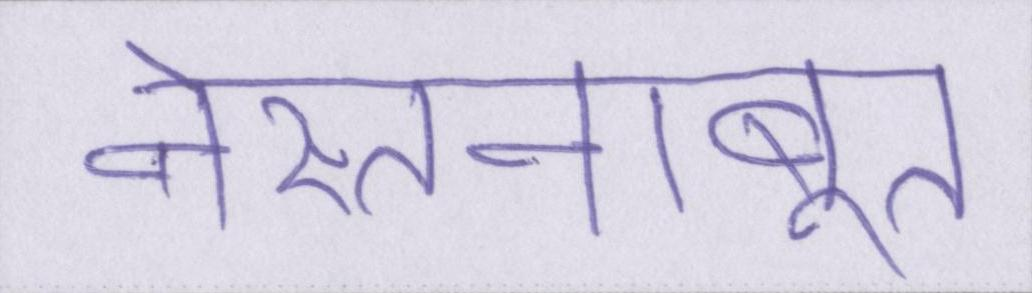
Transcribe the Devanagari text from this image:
नेस्तनाबूत